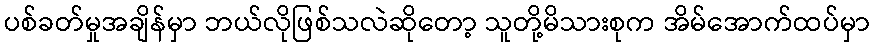
ပစ်ခတ်မှုအချိန်မှာ ဘယ်လိုဖြစ်သလဲဆိုတော့ သူတို့မိသားစုက အိမ်အောက်ထပ်မှာ